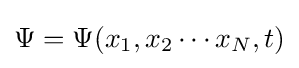
\Psi =\Psi (x_{1},x_{2}\cdots x_{N},t)